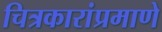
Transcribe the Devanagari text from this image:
चित्रकारांप्रमाणे